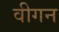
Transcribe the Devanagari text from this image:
वीगन